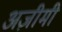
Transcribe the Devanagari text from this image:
अज़ीमी